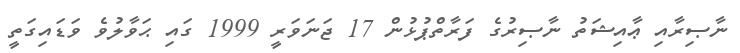
ނާޞިރާއި ޢާއިޝަތު ނާޞިރުގެ ފަރާތްޕުޅުން 17 ޖަނަވަރީ 1999 ގައި ޙަވާލުވެ ވަޑައިގަތީ